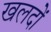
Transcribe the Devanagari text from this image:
खलदों